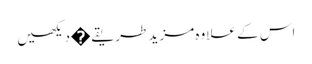
اس کے علاوہ مزید طریقے�دیکھیں